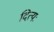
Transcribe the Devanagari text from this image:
दित्यः